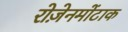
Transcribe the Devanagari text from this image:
रोज़ेनमोंटाक